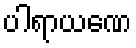
ပါရာယဏေ